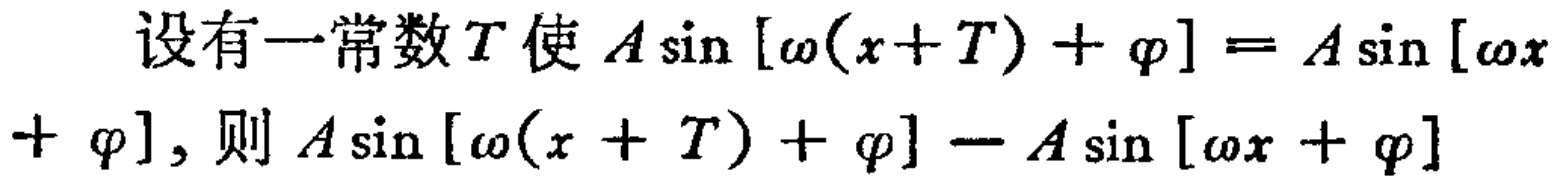
设有一常数\(T\)使\(A\sin [\omega(x + T)+\varphi]=A\sin [\omega x+\varphi]\)，则\(A\sin [\omega(x + T)+\varphi]-A\sin [\omega x+\varphi]\)